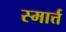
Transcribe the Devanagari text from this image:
स्मार्त्त